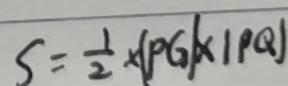
S = \frac { 1 } { 2 } \times \vert P G \vert \times \vert P Q \vert